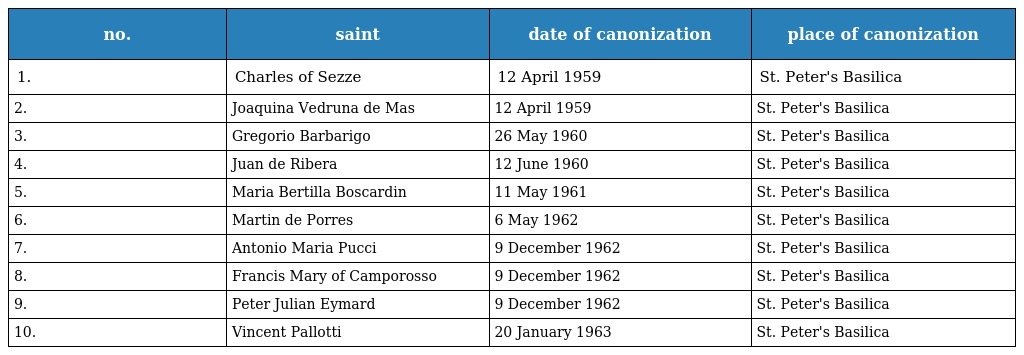
| no. | saint | date of canonization | place of canonization |
 | --- | --- | --- | --- |
 | 1. | Charles of Sezze | 12 April 1959 | St. Peter's Basilica |
 | 2. | Joaquina Vedruna de Mas | 12 April 1959 | St. Peter's Basilica |
 | 3. | Gregorio Barbarigo | 26 May 1960 | St. Peter's Basilica |
 | 4. | Juan de Ribera | 12 June 1960 | St. Peter's Basilica |
 | 5. | Maria Bertilla Boscardin | 11 May 1961 | St. Peter's Basilica |
 | 6. | Martin de Porres | 6 May 1962 | St. Peter's Basilica |
 | 7. | Antonio Maria Pucci | 9 December 1962 | St. Peter's Basilica |
 | 8. | Francis Mary of Camporosso | 9 December 1962 | St. Peter's Basilica |
 | 9. | Peter Julian Eymard | 9 December 1962 | St. Peter's Basilica |
 | 10. | Vincent Pallotti | 20 January 1963 | St. Peter's Basilica |